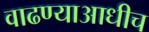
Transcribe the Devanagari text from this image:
वाढण्याआधीच